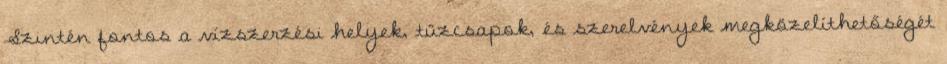
Szintén fontos a vízszerzési helyek, tűzcsapok, és szerelvények megközelíthetőségét